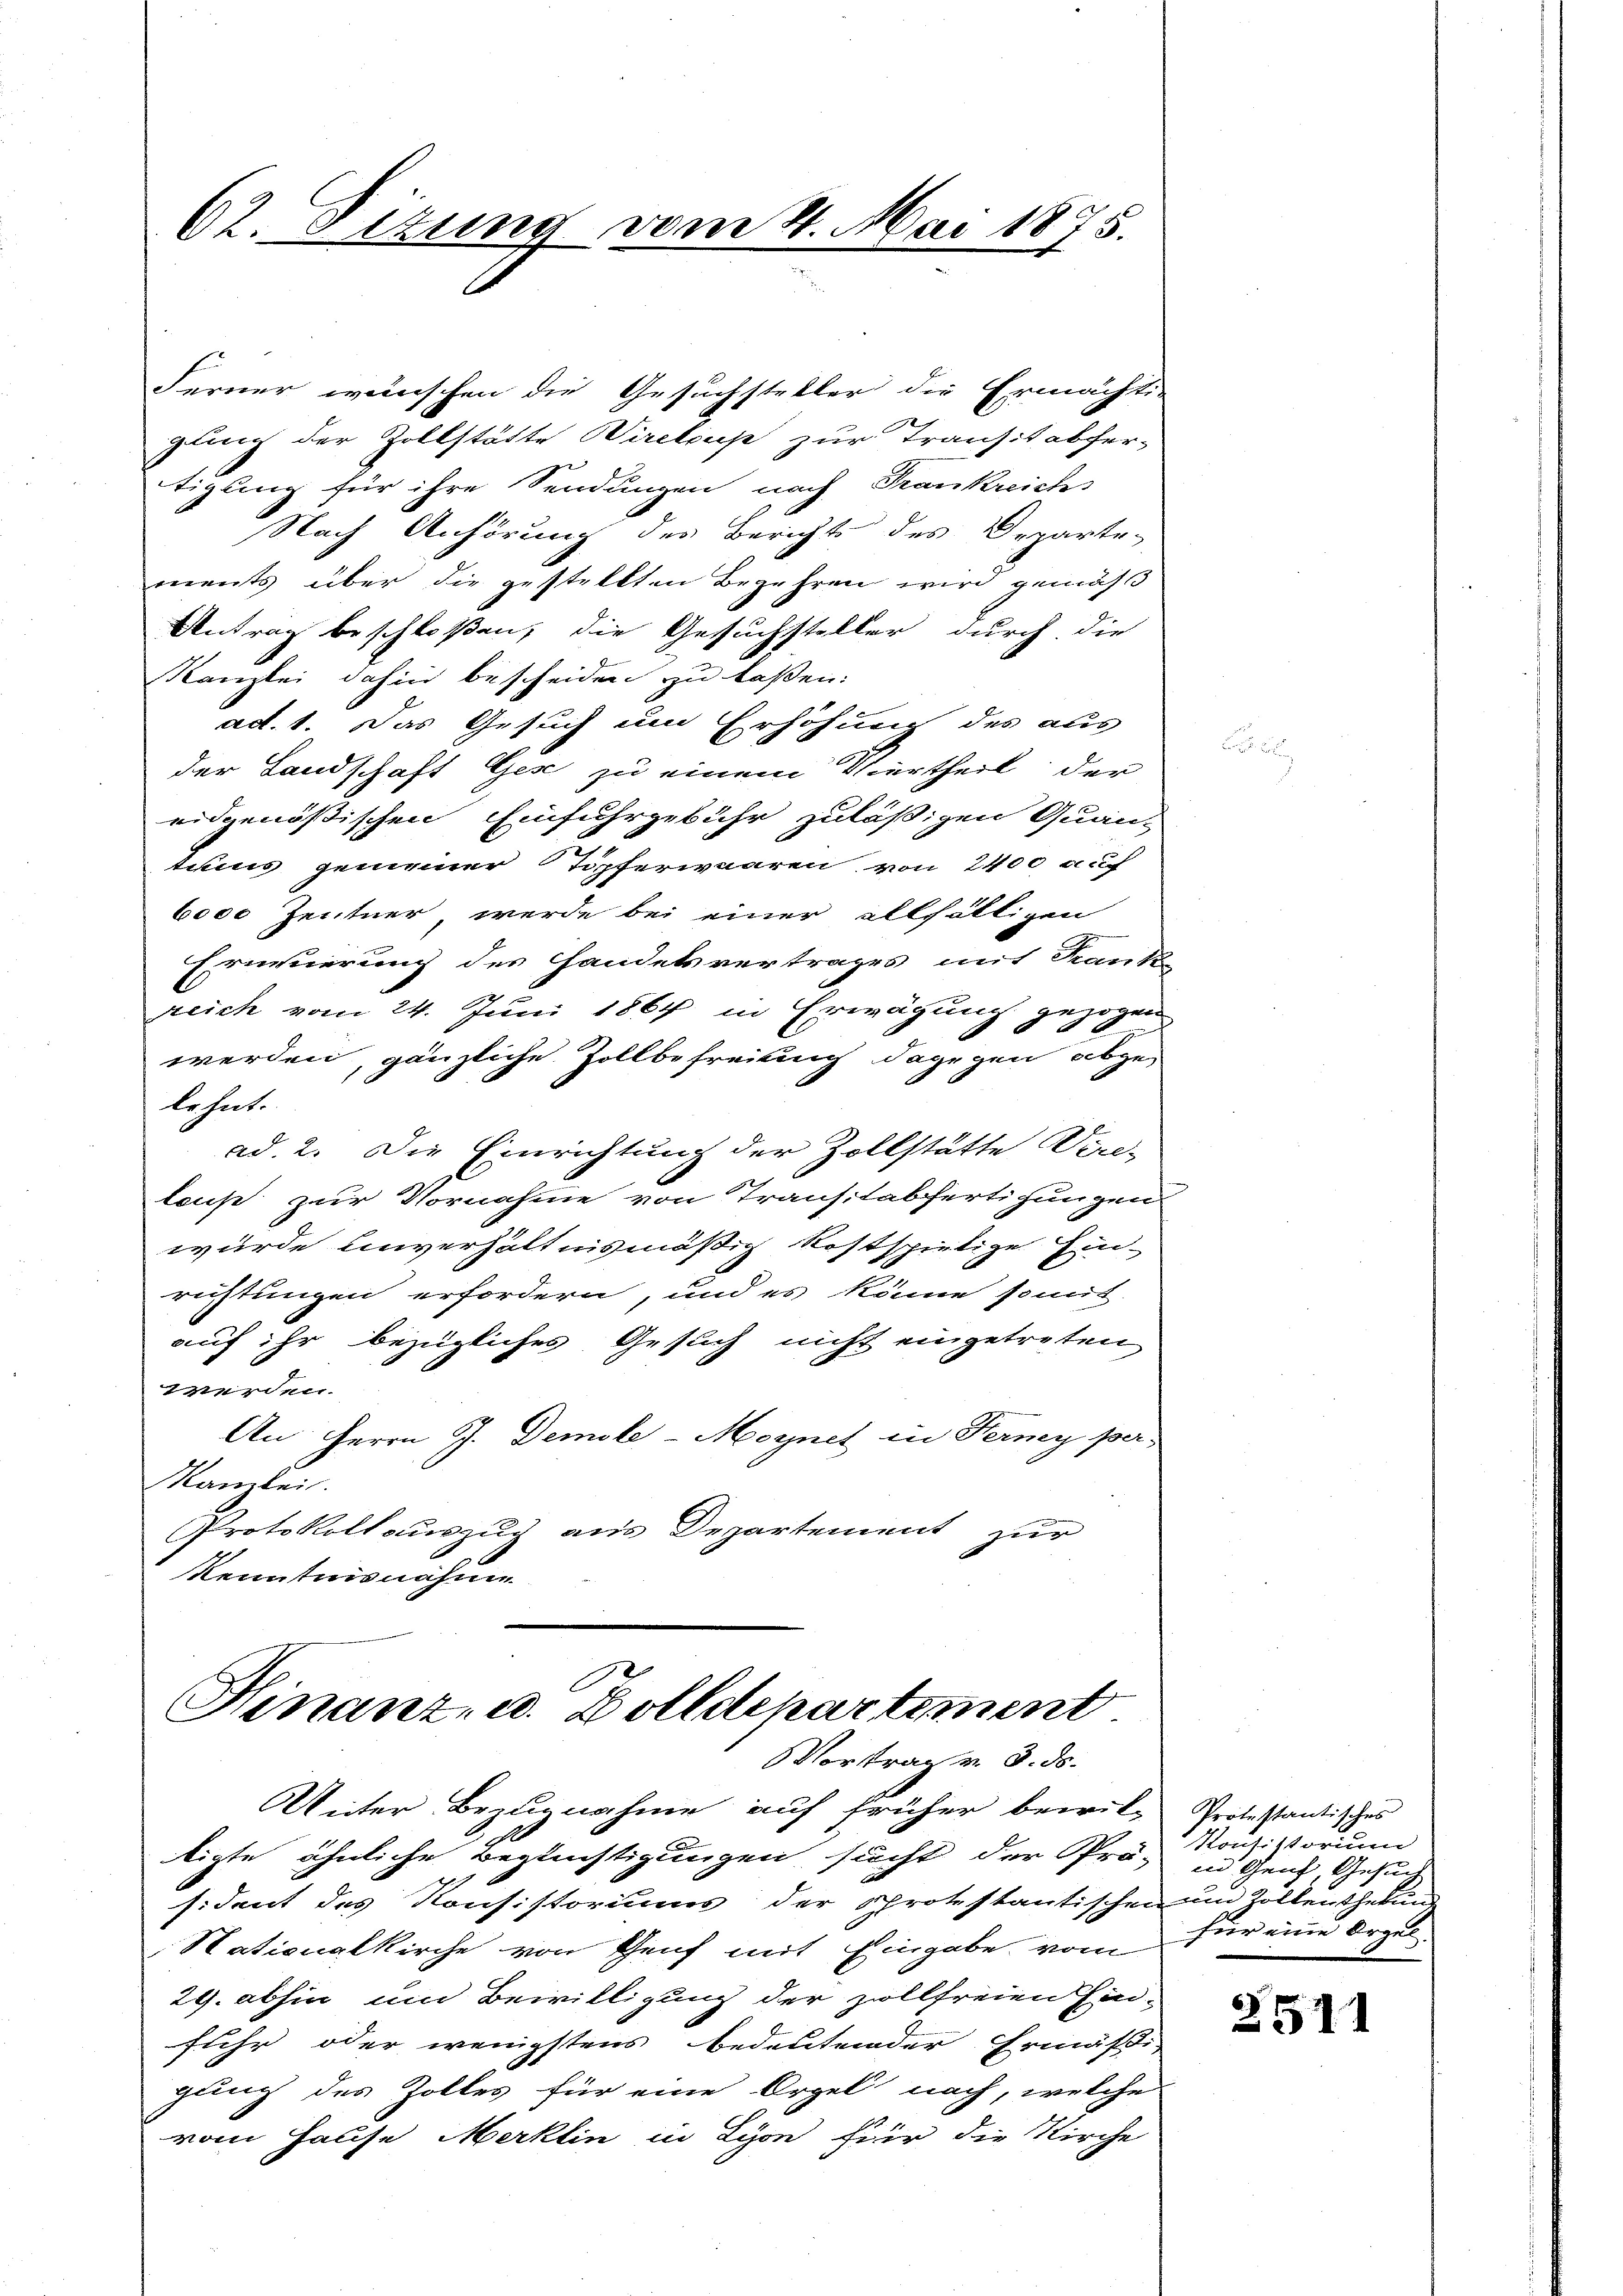
62. Sitzung vom 4. Mai 1875.

Ferner wünschen die Gesuchsteller die Ermächti-
gung der Zollstätte Wirckus zur Transit aber-
tigung für ihre Sendungen nach Frankreichs
Nach Anhörung des Berichts des Departe-
ments über die gestellten Begehren wird gemäß
Antrag beschloßen, die Gesuchsteller durch die
Kanzlei dahin bescheiden zu laßen:
ad. 1. Das Gesuch um Erhöhung des aus
der Landschaft Gese zu einem Viertheil der
eidgenößischen Einfuhrgebühr zuläßigen Quan-
tums gemeiner Topferwaaren von 2400 auch
6000 Zentner, werde bei einer allfälligen
Ernvierung des Handelsvertrages mit Krank-
reich vom 24. Juni 1864 in Erwägung gezogen
werden, gänzliche Zollbefreiung dagegen abge-
lehnt.
ad. 2. Die Einrichtung der Zollstätte Vin-
laus zur Vornahme von Transtabfertigungen
wurde einverhältnismäßig kostspielige Ein-
richtungen erfordern, und es könne somit
auf ihr bezügliches Gesuch nicht eingetreten
werden.
An Herrn G. Demoke-Moynet in Fermy per
Namber.
Protokoll auszug aus Departement zur
kenntnisnahme

Hinanz- u. Zolldepartement
Vortrag v. 3. ds.
Unter Bezugnahme auf früher bewil-

tigte ähnliche Beglüchtigungen sucht der Prä- in Genz, Gesuch
sident des Konsistoriums der Schrotestantischen und Zollenthebung
Nationalkirche von Genf mit Eingabe vom
29. abhin um Bewilligung der zollfreien Ein-
fuhr oder wenigstens bedeutender Ermäßig
gung des Zolles für eine Orgel nach, welche
vom Hause Merklin in Lyon für die Kirche

Protestantisches
Konsistorium
für eine Argel

2511